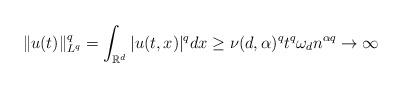
LaTeX: \begin{align*}\|u(t)\|_{L^{q}}^{q}=\int_{\mathbb{R}^{d}}|u(t,x)|^{q}dx\geq \nu(d,\alpha)^{q}t^{q}\omega_{d}n^{\alpha q}\rightarrow \infty\end{align*}